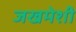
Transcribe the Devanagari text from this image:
जखमेशी